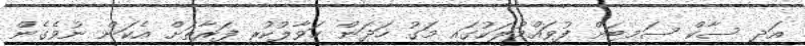
އަދި ސާކް ސަމިޓަށް ފުވައްމުލަކުގައި މަގު ހަދަން ހަވާލުކުރި ފަރާތަށް އެކަން ނުވެގެން